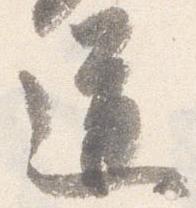
道